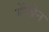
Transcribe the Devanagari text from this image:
मेंम्ब्रेन